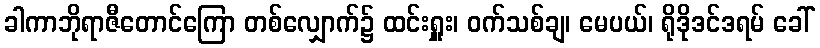
ခါကာဘိုရာဇီတောင်ကြော တစ်လျှောက်၌ ထင်းရှူး၊ ဝက်သစ်ချ၊ မေပယ်၊ ရိုဒိုဒင်ဒရမ် ခေါ်